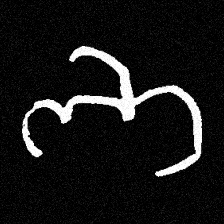
Pyu character \u2014 Myanmar letter: ဘ (romanized: bha)